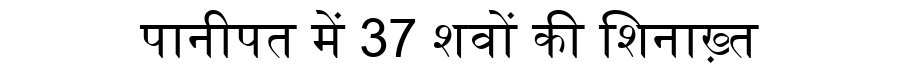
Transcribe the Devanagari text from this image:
पानीपत में 37 शवों की शिनाख़्त